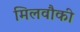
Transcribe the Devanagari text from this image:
मिलवौकी